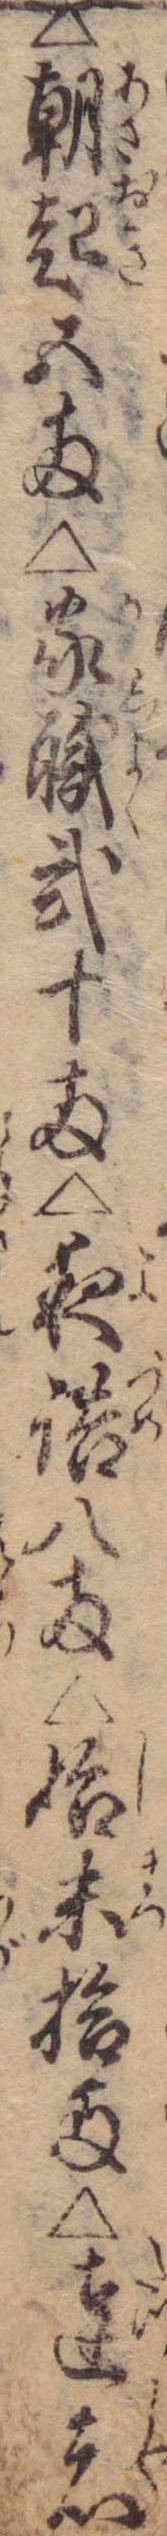
△朝起五両△家職弐十両△夜詰八両△始末拾両△達者